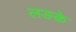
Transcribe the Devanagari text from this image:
लङके